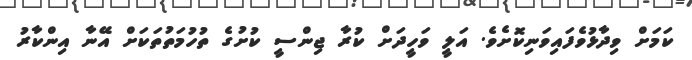
ކަމަށް ވިދާޅުވެފައިވަނިކޮށެވެ. އަލީ ވަހީދަށް ކުރާ ޖިންސީ ކުށުގެ ތުހުމަތުތަކަށް އޭނާ އިންކާރު